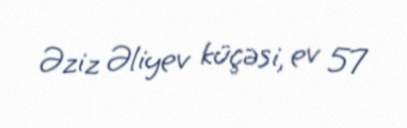
Əziz Əliyev küçəsi, ev 57